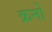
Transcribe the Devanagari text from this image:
क्रनों